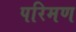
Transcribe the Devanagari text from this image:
परिमण